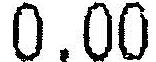
0.00